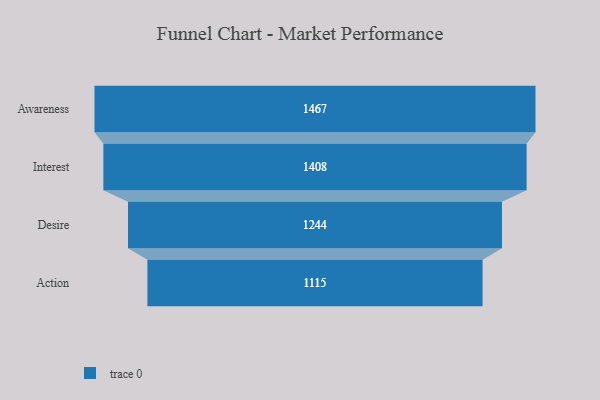
{"axis": {"x": "Stage", "y": "Value"}, "legend": [""], "data": [{"x": "Awareness", "y": 1467.0, "type": ""}, {"x": "Interest", "y": 1408.0, "type": ""}, {"x": "Desire", "y": 1244.0, "type": ""}, {"x": "Action", "y": 1115.0, "type": ""}]}